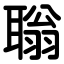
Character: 聬